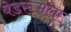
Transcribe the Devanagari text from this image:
बेडरूमला